Notes on the propagation and cultivation of the medicinal cinchonas, or Peruvian bark trees
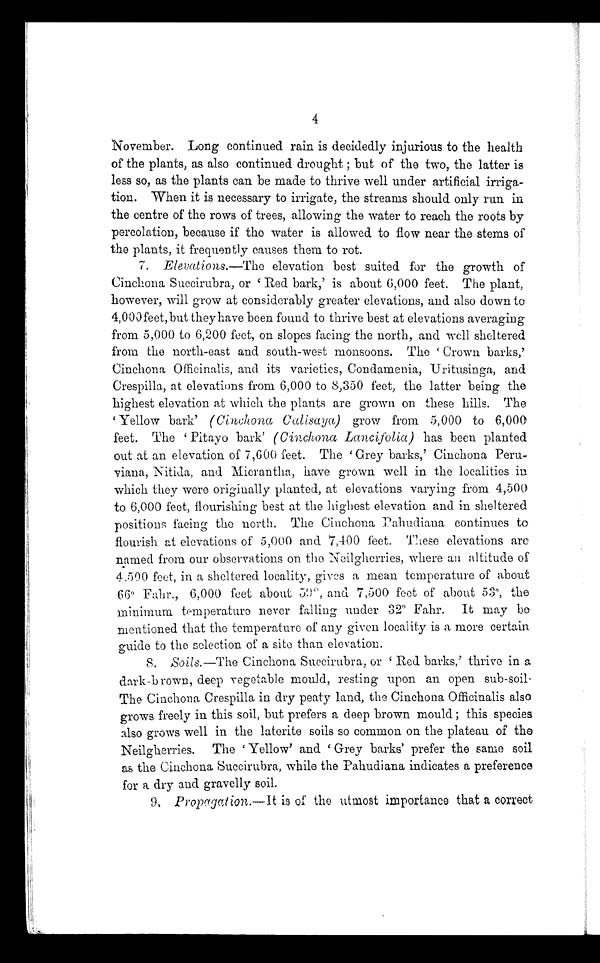
4
November. Long continued rain is decidedly injurious to the health
of the plants, as also continued drought ; but of the two, the latter is
less so, as the plants can be made to thrive well under artificial irriga-
tion. When it is necessary to irrigate, the streams should only run in
the centre of the rows of trees, allowing the water to reach the roots by
percolation, because if the water is allowed to flow near the stems of
the plants, it frequently causes them to rot.
7. Elevations.—The elevation best suited for the growth of
Cinchona Succirubra, or 'Red bark,' is about 6,000 feet. The plant,
however, will grow at considerably greater elevations, and also down to
4,000feet, but they have been found to thrive best at elevations averaging
from 5,000 to 6,200 feet, on slopes facing the north, and well sheltered
from the north-east and south-west monsoons. The 'Crown barks,'
Cinchona Officinalis, and its varieties, Condamenia, Uritusinga, and
Crespilla, at elevations from 6,000 to 8,350 feet, the latter being the
highest elevation at which the plants are grown on these hills. The
'Yellow bark' ( Cinchona Calisaya) grow from 5,000 to 6,000
feet. The 'Pitayo bark' (Cinchona Lancifolia) has been planted
out at an elevation of 7,600 feet. The 'Grey barks,' Cinchona Peru-
viana, Nitida, and Micrantha, have grown well in the localities in
which they were originally planted, at elevations varying from 4,500
to 6,000 feet, flourishing best at the highest elevation and in sheltered
positions facing the north. The Cinchona Pahudiana continues to
flourish at elevations of 5,000 and 7,400 feet. These elevations are
named from our observations on the Neilgherries, where an altitude of
4.500 feet, in a sheltered locality, gives a mean temperature of about
66° Fahr., 6,000 feet about 39°, and 7,500 feet of about 53°, the
minimum temperature never falling under 32° Fahr. It may be
mentioned that the temperature of any given locality is a more certain
guide to the selection of a site than elevation.
8. Soils.—The Cinchona Succirubra, or 'Red barks,' thrive in a
dark-brown, deep vegetable mould, resting upon an open sub-soil'
The Cinchona Crespilla in dry peaty land, the Cinchona Officinalis also
grows freely in this soil, but prefers a deep brown mould; this species
also grows well in the laterite soils so common on the plateau of the
Neilgherries. The 'Yellow' and. 'Grey barks' prefer the same soil
as the Cinchona Succirubra, while the Pahudiana indicates a preference
for a dry and gravelly soil.
9, Propagation. —It is of the utmost importance that a correct